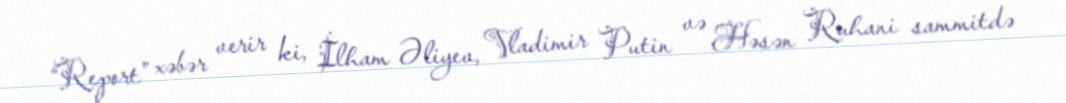
“Report” xəbər verir ki, İlham Əliyev, Vladimir Putin və Həsən Ruhani sammitdə